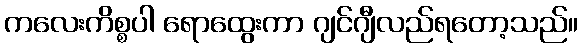
ကလေးကိစ္စပါ ရောထွေးကာ ဂျင်ဂျီလည်ရတော့သည်။